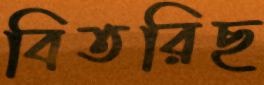
বিতরিছ